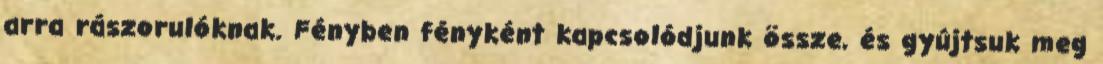
arra rászorulóknak. Fényben fényként kapcsolódjunk össze, és gyújtsuk meg